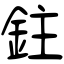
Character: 鉒